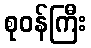
စုဝန်ကြီး